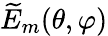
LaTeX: \widetilde{E}_{m}(\theta,\varphi)